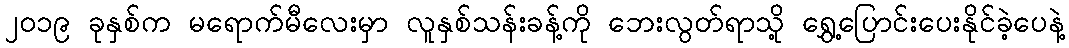
၂၀၁၉ ခုနှစ်က မရောက်မီလေးမှာ လူနှစ်သန်းခန့်ကို ဘေးလွတ်ရာသို့ ရွှေ့ပြောင်းပေးနိုင်ခဲ့ပေနဲ့